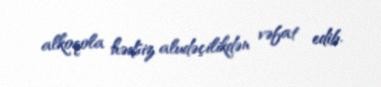
alkoqola hədsiz aludəçilikdən vəfat edib.